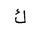
Letter: _kaf